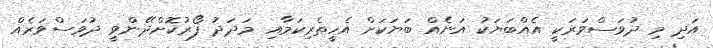
އަދި މި ދުވަސްވަރަކީ އެއްބަޔަކު އަނެއް ބަޔަކަށް އެހީތެރިކަމާއި މަދަދު ފޯރުކޮށްދޭންވީ ދުވަސްވަރެއް